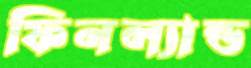
ফিনল্যান্ড